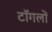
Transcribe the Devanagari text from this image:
टॉगलों